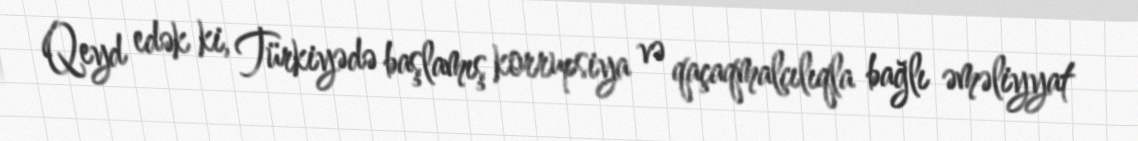
Qeyd edək ki, Türkiyədə başlamış korrupsiya və qaçaqmalçılıqla bağlı əməliyyat